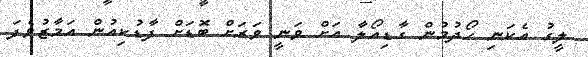
ލީގު އެކަނި ހޯދުމުން ގާޑިއޯލާ އަށް ވަނީ ވަރަށް ބޮޑަށް ފާޑުކިއުން އަމާޒުވެފަ